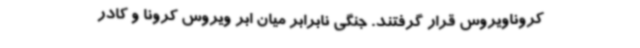
کروناویروس قرار گرفتند. جنگی نابرابر میان ابر ویروس کرونا و کادر